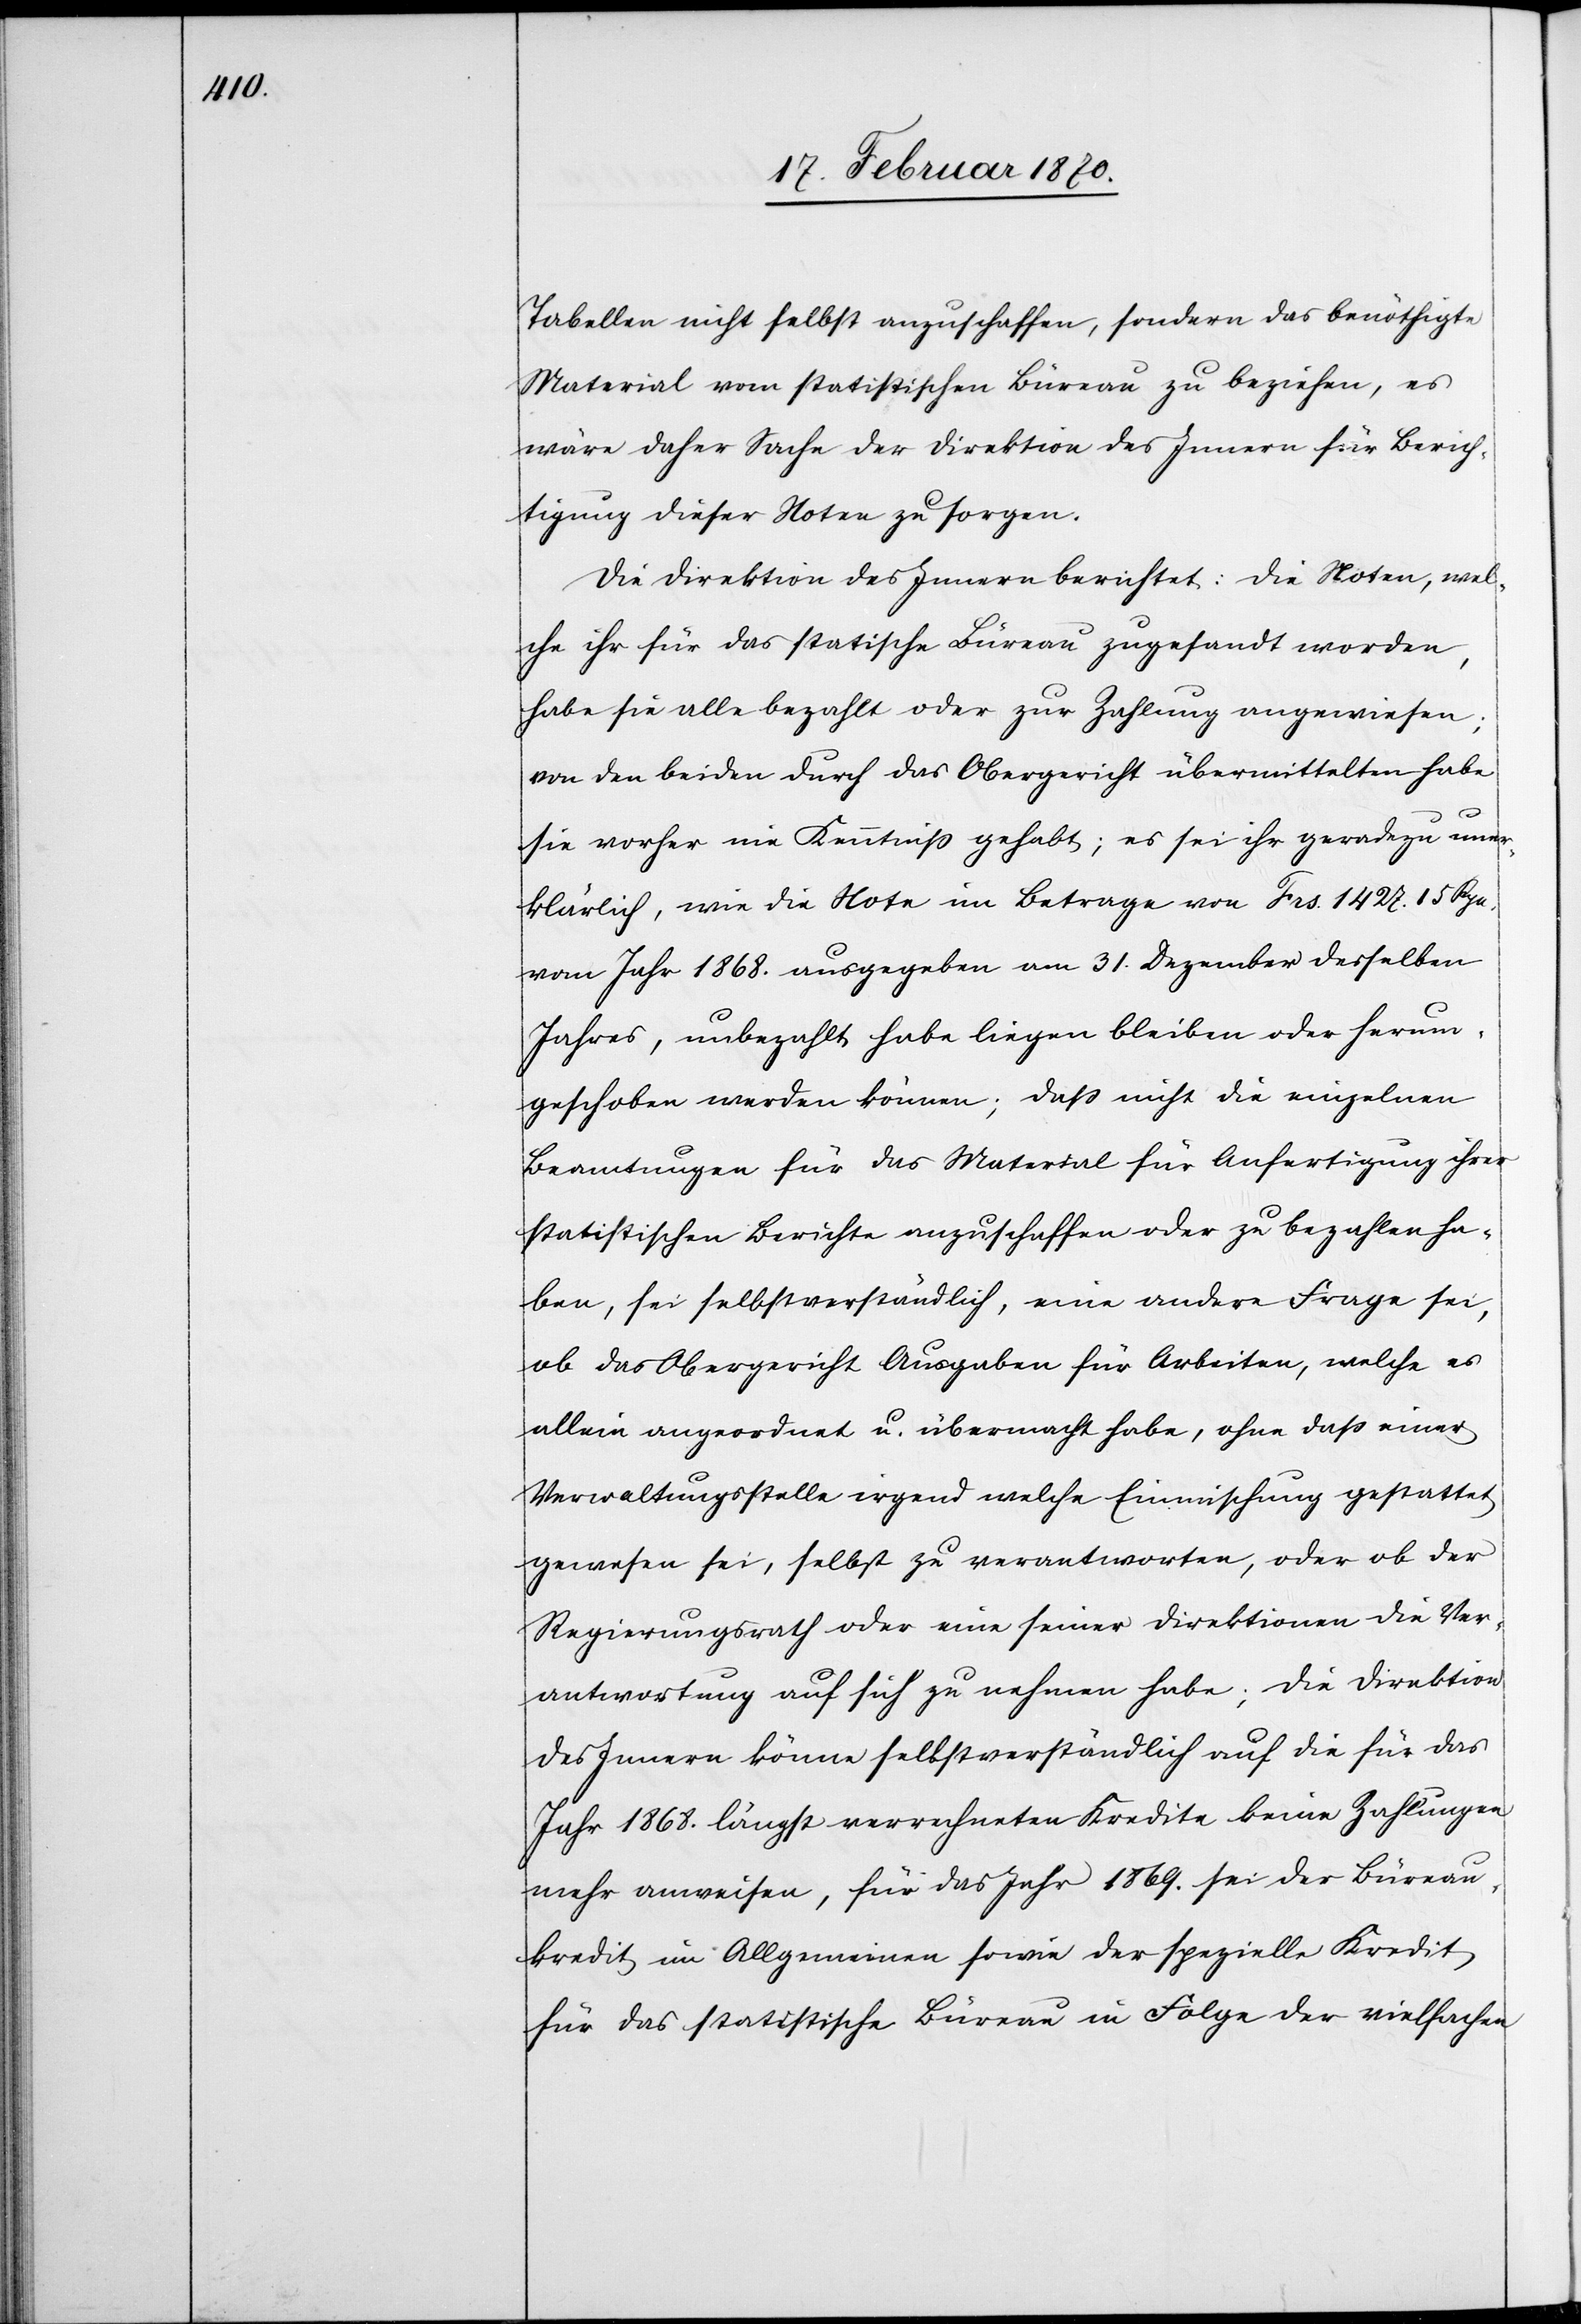
Tabellen nicht selbst anzuschaffen, sondern das benöthigte
Material vom statistischen Büreau zu beziehen, es
wäre daher Sache der Direktion des Innern für Berich¬
tigung dieser Noten zu sorgen.
Die Direktion des Innern berichtet: Die Noten, wel¬
che ihr für das stati[sti]sche Büreau zugesandt worden,
habe sie alle bezahlt oder zur Zahlung angewiesen;
von den beiden durch das Obergericht übermittelten habe
sie vorher nie Kenntniss gehabt; es sei ihr geradezu uner¬
klärlich, wie die Note im Betrage von Frs. 1427. 15 Rpn.
vom Jahr 1868. ausgegeben am 31. Dezember desselben
Jahres, unbezahlt habe liegen bleiben oder herum¬
geschoben werden können; dass nicht die einzelnen
Beamtungen für das Material für Anfertigung ihrer
statistischen Berichte anzuschaffen oder zu bezahlen ha¬
ben, sei selbstverständlich, eine andere Frage sei
ob das Obergericht Ausgaben für Arbeiten, welche es
allein angeordnet u. übermacht habe, ohne dass einer
Verwaltungsstelle irgend welche Einmischung gestattet
gewesen sei, selbst zu verantworten, oder ob der
Regierungsrath oder eine seiner Direktionen die Ver¬
antwortung auf sich zu nehmen habe; die Direktion
des Innern könne selbstverständlich auf die für das
Jahr 1868. längst verrechneten Kredite keine Zahlungen
mehr anweisen, für das Jahr 1869. sei der Büreau¬
kredit im Allgemeinen sowie der spezielle Kredit
für das statistische Büreau in Folge der vielfachen